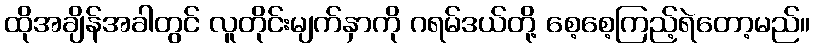
ထိုအချိန်အခါတွင် လူတိုင်းမျက်နှာကို ဂရမ်ဒယ်တို့ စေ့စေ့ကြည့်ရဲတော့မည်။